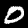
Digit: 0